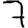
Digit: 7